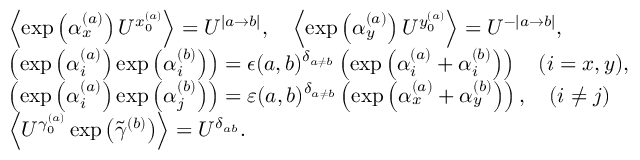
\begin{array} { r l } & { \left\langle \exp \left( \alpha _ { x } ^ { ( a ) } \right) U ^ { x _ { 0 } ^ { ( a ) } } \right\rangle = U ^ { | a \rightarrow b | } , \quad \left\langle \exp \left( \alpha _ { y } ^ { ( a ) } \right) U ^ { y _ { 0 } ^ { ( a ) } } \right\rangle = U ^ { - | a \rightarrow b | } , } \\ & { \left( \exp \left( \alpha _ { i } ^ { ( a ) } \right) \exp \left( \alpha _ { i } ^ { ( b ) } \right) \right) = \epsilon ( a , b ) ^ { \delta _ { a \neq b } } \left( \exp \left( \alpha _ { i } ^ { ( a ) } + \alpha _ { i } ^ { ( b ) } \right) \right) \quad ( i = x , y ) , } \\ & { \left( \exp \left( \alpha _ { i } ^ { ( a ) } \right) \exp \left( \alpha _ { j } ^ { ( b ) } \right) \right) = \varepsilon ( a , b ) ^ { \delta _ { a \neq b } } \left( \exp \left( \alpha _ { x } ^ { ( a ) } + \alpha _ { y } ^ { ( b ) } \right) \right) , \quad ( i \neq j ) } \\ & { \left\langle U ^ { \gamma _ { 0 } ^ { ( a ) } } \exp \left( \widetilde { \gamma } ^ { ( b ) } \right) \right\rangle = U ^ { \delta _ { a b } } . } \end{array}